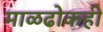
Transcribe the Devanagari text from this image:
माळढोकही